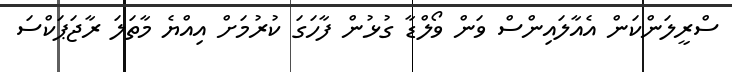
ސްރީލަންކަން އެއާލައިންސް ވަން ވޯލްޑާ ގުޅުން ފާހަގަ ކުރުމަށް އިއްޔެ މާތަލަ ރާޖަޕަކްސަ